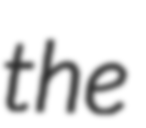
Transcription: the